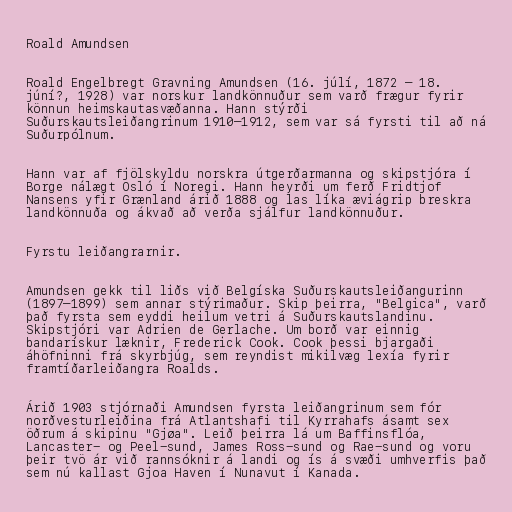
Roald Amundsen

Roald Engelbregt Gravning Amundsen (16. júlí, 1872 – 18.
júní?, 1928) var norskur landkönnuður sem varð frægur fyrir
könnun heimskautasvæðanna. Hann stýrði
Suðurskautsleiðangrinum 1910–1912, sem var sá fyrsti til að ná
Suðurpólnum.

Hann var af fjölskyldu norskra útgerðarmanna og skipstjóra í
Borge nálægt Osló í Noregi. Hann heyrði um ferð Fridtjof
Nansens yfir Grænland árið 1888 og las líka æviágrip breskra
landkönnuða og ákvað að verða sjálfur landkönnuður.

Fyrstu leiðangrarnir.

Amundsen gekk til liðs við Belgíska Suðurskautsleiðangurinn
(1897–1899) sem annar stýrimaður. Skip þeirra, "Belgica", varð
það fyrsta sem eyddi heilum vetri á Suðurskautslandinu.
Skipstjóri var Adrien de Gerlache. Um borð var einnig
bandarískur læknir, Frederick Cook. Cook þessi bjargaði
áhöfninni frá skyrbjúg, sem reyndist mikilvæg lexía fyrir
framtíðarleiðangra Roalds.

Árið 1903 stjórnaði Amundsen fyrsta leiðangrinum sem fór
norðvesturleiðina frá Atlantshafi til Kyrrahafs ásamt sex
öðrum á skipinu "Gjøa". Leið þeirra lá um Baffinsflóa,
Lancaster- og Peel-sund, James Ross-sund og Rae-sund og voru
þeir tvö ár við rannsóknir á landi og ís á svæði umhverfis það
sem nú kallast Gjoa Haven í Nunavut í Kanada.